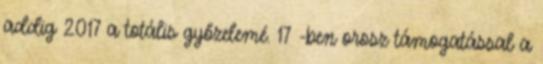
addig 2017 a totális győzelemé. 17′-ben orosz támogatással a